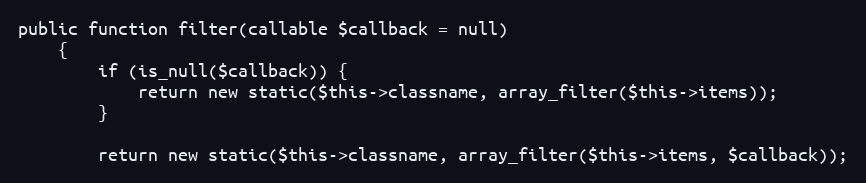
Language: PHP
public function filter(callable $callback = null)
    {
        if (is_null($callback)) {
            return new static($this->classname, array_filter($this->items));
        }

        return new static($this->classname, array_filter($this->items, $callback));